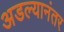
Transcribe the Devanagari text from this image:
अडल्यानंतर